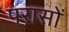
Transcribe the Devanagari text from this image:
परासों